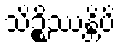
သိဉ္စိဿန္တိပိ